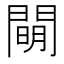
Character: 𨵛